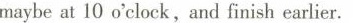
maybeat 10 o'clock，and finish earlier.